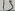
Text: 15